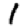
Digit: 1